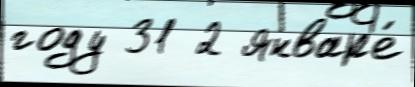
году 31 2 январ'е́